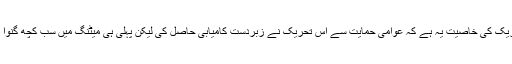
تحریک کی خاصیت یہ ہے کہ عوامی حمایت سے اس تحریک نے زبردست کامیابی حاصل کی لیکن پہلی ہی میٹنگ میں سب کچھ گنوا دیا۔